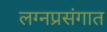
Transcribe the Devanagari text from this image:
लग्नप्रसंगात